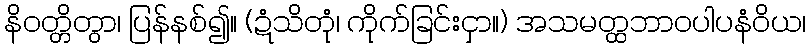
နိဝတ္တိတွာ၊ ပြန်နစ်၍။ (ဍံသိတုံ၊ ကိုက်ခြင်းငှာ။) အသမတ္ထဘာဝပါပနံဝိယ၊